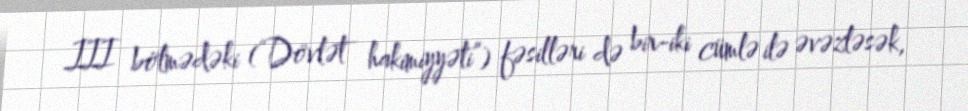
III bölmədəki (“Dövlət hakimiyyəti”) fəsilləri də bir-iki cümlə ilə əvəzləsək,